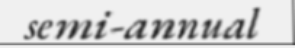
semi-annual